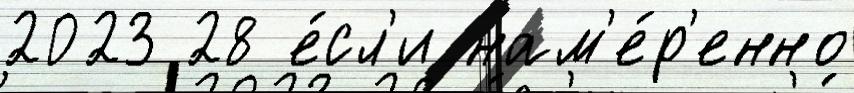
2023 28 е́сл'и нам'е́р'енно